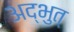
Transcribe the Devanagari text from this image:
अद्भुत्‌